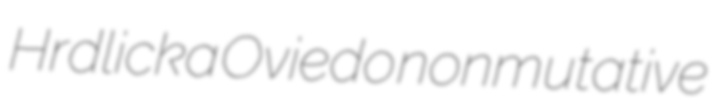
Hrdlicka Oviedo nonmutative